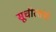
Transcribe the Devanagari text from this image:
सूचीस्तंभो